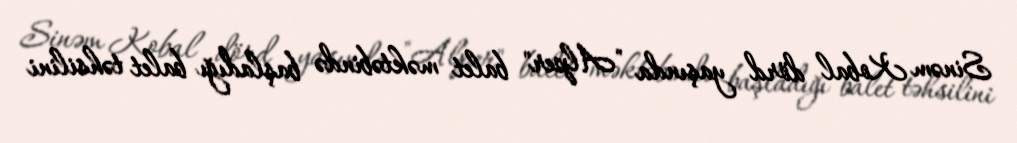
Sinəm Kobal dörd yaşında "Alper" balet məktəbində başladığı balet təhsilini